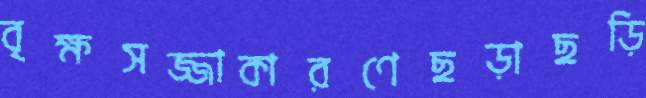
বৃক্ষসজ্জাকারণেছড়াছড়ি